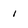
Character: i